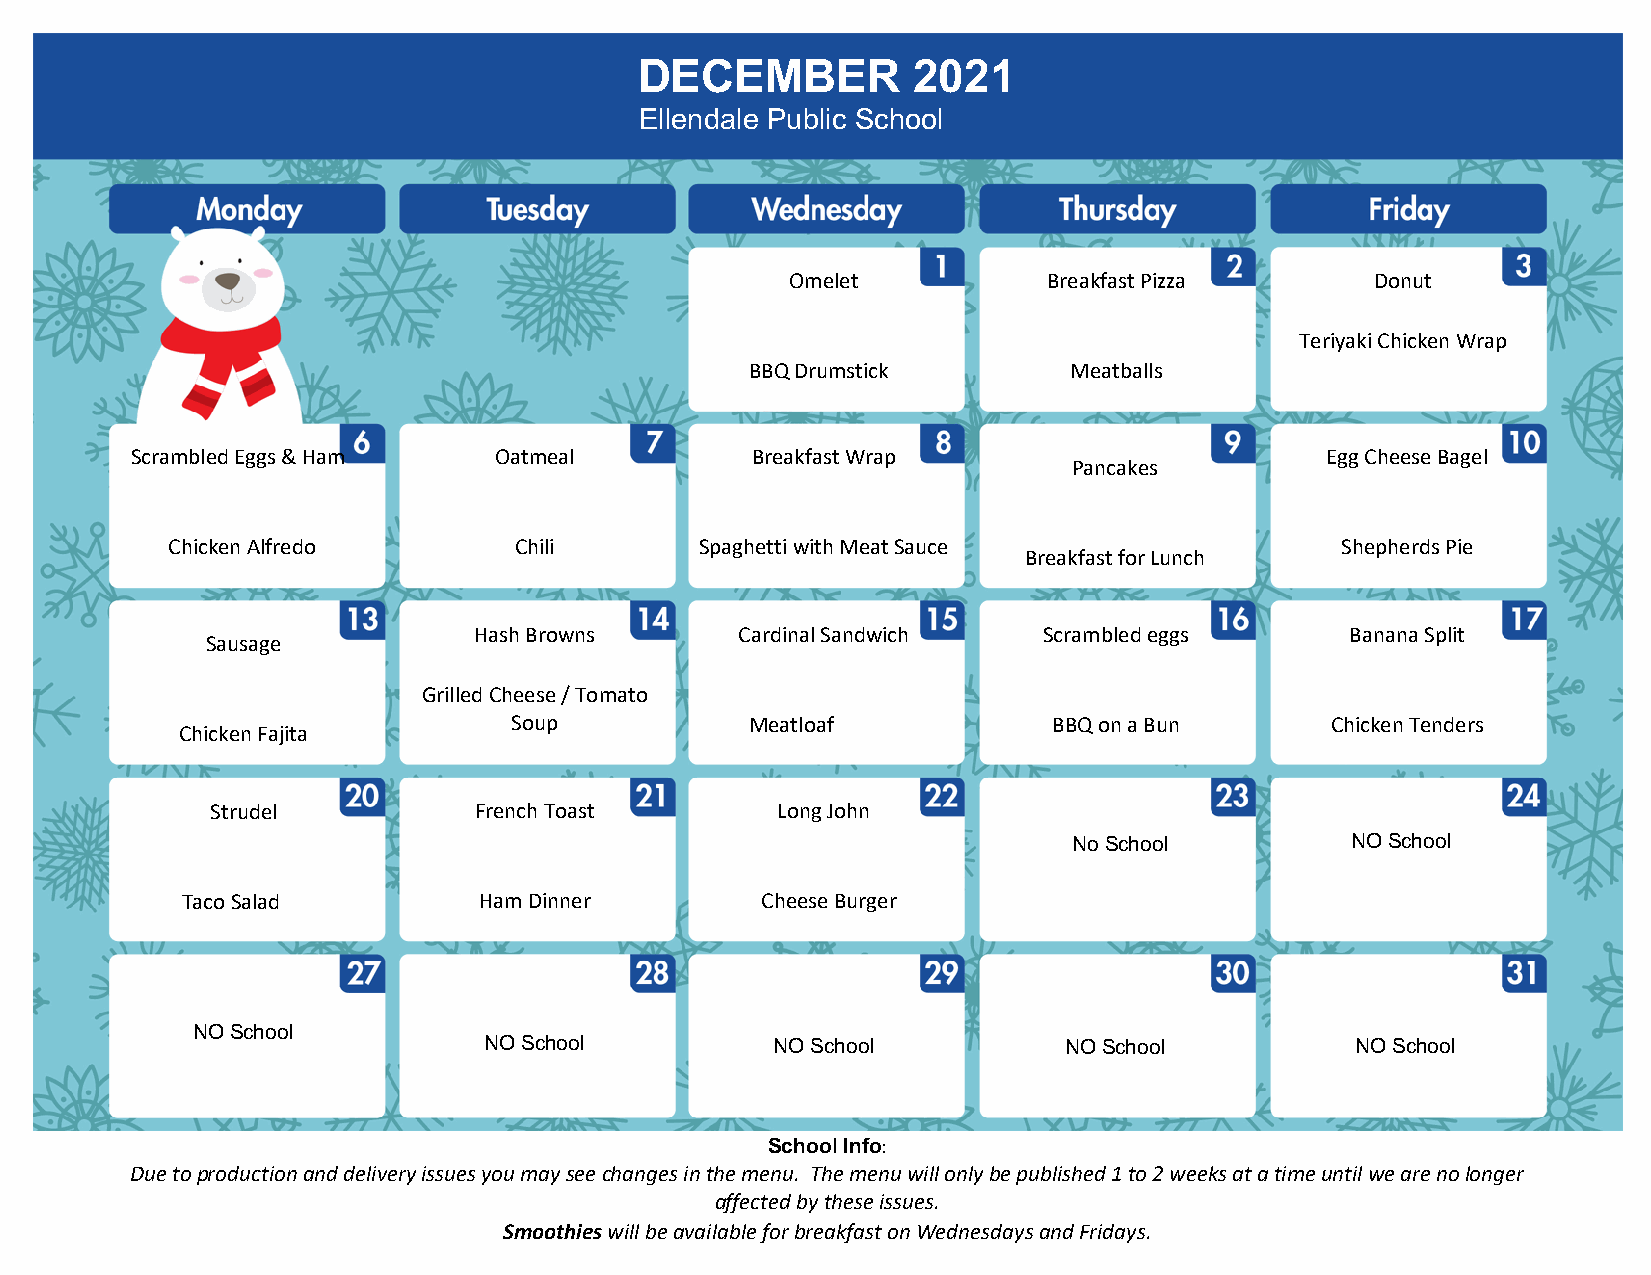
DECEMBER          2021
 Ellendale Public School
 Omelet           Breakfast Pizza       Donut
 Teriyaki Chicken Wrap
 BBQ Drumstick        Meatballs
 Scrambled Eggs & Ham    Oatmeal          Breakfast Wrap                        Egg Cheese Bagel
 Pancakes
 Chicken Alfredo        Chili       Spaghetti with Meat Sauce                  Shepherds Pie
 Breakfast for Lunch
 Hash Browns       Cardinal Sandwich   Scrambled eggs      Banana Split
 Sausage
 Grilled Cheese / Tomato
 Soup            Meatloaf            BBQ on a Bun      Chicken Tenders
 Chicken Fajita
 Strudel          French Toast        Long John
 No School         NO School
 Taco Salad          Ham Dinner        Cheese Burger
 NO School
 NO School          NO School          NO School           NO School
 School Info:
 Due to production and delivery issues you may see changes in the menu. The menu will only be published 1 to 2 weeks at a time until we are no longer
 affected by these issues.
 Smoothies will be available for breakfast on Wednesdays and Fridays.